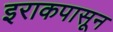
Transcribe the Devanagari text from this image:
इराकपासून